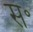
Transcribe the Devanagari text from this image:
स॰